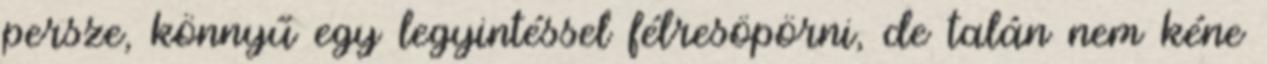
persze, könnyű egy legyintéssel félresöpörni, de talán nem kéne